Sanitation, dispensaries and jails vaccination Rajputana 1922-1927 - 1922-1927
Year: 1922
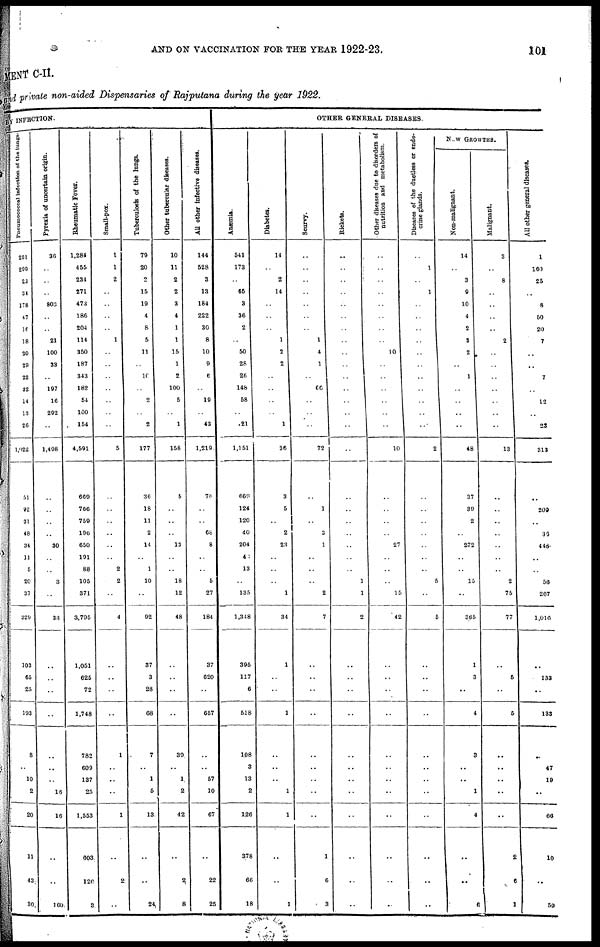
AND ON VACCINATION FOR THE YEAR 1922-23.
101
MENT C-II.
and private non-aided Dispensaries of Rajputana during the year 1922.
BY INFECTION.
Pneumococcal Infection of the lungs.
251
299
23
34
178
47
16
18
20
29
22
32
14
13
26
1,022
51
92
31
48
34
11
5
20
37
329
103
65
25
193
8
..
10
2
20
11
43
30
Pyrexia of uncertain origin.
36
..
..
..
803
..
..
21
100
33
..
197
16
292
..
1,498
..
..
..
..
30
..
..
3
..
33
..
..
..
..
..
..
..
16
16
..
..
160
Rheumatic Fever.
1,284
455
234
271
473
186
204
114
350
187
343
182
54
100
154
4,591
669
766
759
196
650
191
88
105
371
3,795
1,051
625
72
1,748
782
609
137
25
1,553
603
126
3
Small-pox.
1
1
2
..
..
..
..
1
..
..
..
..
..
..
..
5
..
..
..
..
..
..
2
2
..
4
..
..
..
..
1
..
..
..
1
..
2
..
Tuberculosis of the lungs.
79
20
2
15
19
4
8
5
11
..
10
..
2
..
2
177
36
18
11
2
14
..
1
10
..
92
37
3
28
68
7
..
1
5
13
..
..
24
Other tubercular diseases.
10
11
2
2
3
4
1
1
15
1
2
100
5
..
1
158
5
..
..
13
..
..
18
12
48
..
..
..
..
39
..
1
2
42
..
2
8
All other infective diseases.
144
528
3
13
184
222
30
8
10
9
6
..
19
..
43
1,219
76
..
..
68
8
..
..
5
27
184
37
620
..
657
..
..
57
10
67
..
22
25
OTHER GENERAL DISEASES.
Anæmia.
541
173
..
65
3
36
2
..
50
28
26
148
58
..
21
1,151
669
124
120
40
204
43
13
..
135
1,348
395
117
6
518
108
3
13
2
126
378
66
18
Diabetes.
14
..
2
14
..
..
..
1
2
2
..
..
..
..
1
36
3
5
..
2
23
..
..
..
1
34
1
..
..
1
..
..
..
1
1
..
..
1
Scurvy.
..
..
..
..
..
..
..
1
4
1
..
66
..
..
..
72
..
1
..
3
1
..
..
..
2
7
..
..
..
..
..
..
..
..
..
1
6
3
Rickets.
..
..
..
..
..
..
..
..
..
..
..
..
..
..
..
..
..
..
..
..
..
..
..
1
1
2
..
..
..
..
..
..
..
..
..
..
..
..
Other diseases due to disorders of
nutrition and metabolism.
..
..
..
..
..
..
..
..
10
..
..
..
..
..
..
10
..
..
..
..
27
..
..
..
15
42
..
..
..
..
..
..
..
..
..
..
..
..
Diseases of the duetless or endo-
crine glands.
..
1
..
1
..
..
..
..
..
..
..
..
..
..
..
2
..
..
..
..
..
..
..
5
..
5
..
..
..
..
..
..
..
..
..
..
..
..
NEW GROWTHS.
Non-malignant.
14
..
3
9
10
4
2
3
2
..
1
..
..
..
..
48
37
39
2
..
272
..
..
15
..
365
1
3
..
4
3
..
..
1
4
..
..
6
Malignant.
3
..
8
..
..
..
..
2
..
..
..
..
..
..
..
13
..
..
..
..
..
..
..
2
75
77
..
5
..
5
..
..
..
..
..
2
6
1
All other general diseases.
1
160
25
..
8
50
20
7
..
..
7
..
12
..
23
313
..
209
..
36
448
..
..
56
267
1,016
..
133
..
133
..
47
19
..
66
10
..
59